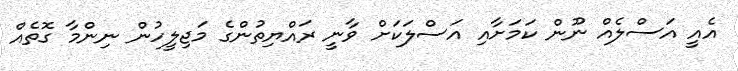
އެއީ އަސްލެއް ނޫން ކަމަށާއި އަސްލަކަށް ވާނީ ރައްޔިތުންގެ މަޖިލީހުން ނިންމާ ގޮތެއް